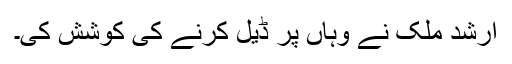
ارشد ملک نے وہاں پر ڈیل کرنے کی کوشش کی۔